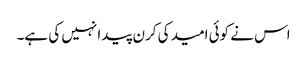
اس نے کوئی امید کی کرن پیدا نہیں کی ہے۔